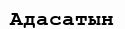
Адасатын